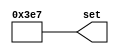
// Copyright (C) 2018  Intel Corporation. All rights reserved.
// Your use of Intel Corporation's design tools, logic functions 
// and other software and tools, and its AMPP partner logic 
// functions, and any output files from any of the foregoing 
// (including device programming or simulation files), and any 
// associated documentation or information are expressly subject 
// to the terms and conditions of the Intel Program License 
// Subscription Agreement, the Intel Quartus Prime License Agreement,
// the Intel FPGA IP License Agreement, or other applicable license
// agreement, including, without limitation, that your use is for
// the sole purpose of programming logic devices manufactured by
// Intel and sold by Intel or its authorized distributors.  Please
// refer to the applicable agreement for further details.

// PROGRAM		"Quartus Prime"
// VERSION		"Version 18.0.0 Build 614 04/24/2018 SJ Lite Edition"
// CREATED		"Fri Nov 01 12:24:53 2019"

module num_10b_999d(
	set
);


output wire	[9:0] set;

wire	[9:0] set_ALTERA_SYNTHESIZED;






assign	set = set_ALTERA_SYNTHESIZED;
assign	set_ALTERA_SYNTHESIZED[0] = 1;
assign	set_ALTERA_SYNTHESIZED[1] = 1;
assign	set_ALTERA_SYNTHESIZED[2] = 1;
assign	set_ALTERA_SYNTHESIZED[3] = 0;
assign	set_ALTERA_SYNTHESIZED[4] = 0;
assign	set_ALTERA_SYNTHESIZED[5] = 1;
assign	set_ALTERA_SYNTHESIZED[6] = 1;
assign	set_ALTERA_SYNTHESIZED[7] = 1;
assign	set_ALTERA_SYNTHESIZED[8] = 1;
assign	set_ALTERA_SYNTHESIZED[9] = 1;

endmodule